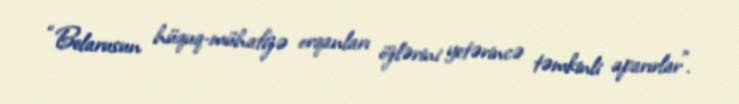
“Belarusun hüquq-mühafizə orqanları özlərini yetərincə təmkinli aparırlar”.